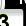
Digit: 3